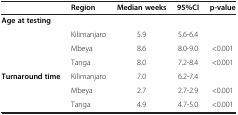
<table><thead><tr><td><b> </b></td><td><b>Region</b></td><td><b>Median weeks</b></td><td><b>95%CI</b></td><td><b>p-value</b></td></tr></thead><tbody><tr><td rowspan="4"><b>Age at testing</b></td><td colspan="4"> </td></tr><tr><td>Kilimanjaro</td><td>5.9</td><td>5.6-6.4</td><td> </td></tr><tr><td>Mbeya</td><td>8.6</td><td>8.0-9.0</td><td>&lt;0.001</td></tr><tr><td>Tanga</td><td>8.0</td><td>7.2-8.4</td><td>&lt;0.001</td></tr><tr><td rowspan="3"><b>Turnaround time</b></td><td>Kilimanjaro</td><td>7.0</td><td>6.2-7.4</td><td> </td></tr><tr><td>Mbeya</td><td>2.7</td><td>2.7-2.9</td><td>&lt;0.001</td></tr><tr><td>Tanga</td><td>4.9</td><td>4.7-5.0</td><td>&lt;0.001</td></tr></tbody></table>